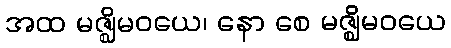
အထ မဇ္ဈိမဝယေ၊ နော စေ မဇ္ဈိမဝယေ